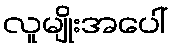
လူမျိုးအပေါ်